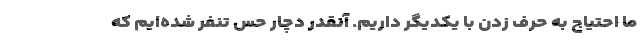
ما احتیاج به حرف زدن با یکدیگر داریم. آنقدر دچار حس تنفر شده‌ایم که